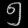
Digit: ၅